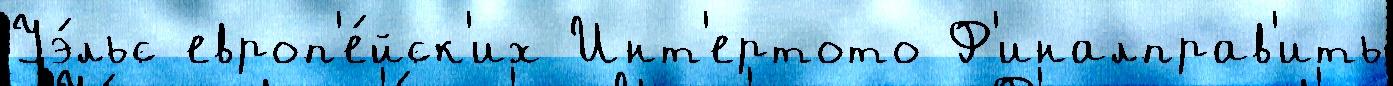
Уэ́льс европ'е́йск'их Инт'ертото Ф'иналправ'ить